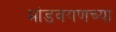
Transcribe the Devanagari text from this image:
मांडवगणच्या